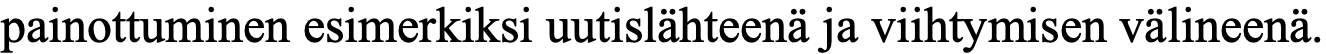
painottuminen esimerkiksi uutislähteenä ja viihtymisen välineenä.